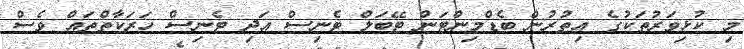
މި ކުޅިވަރުތަކުގެ އިތުރުން ބެޑްމިންޓަން ޓޭބަލް ޓެނިސް އަދި ޓެނިސް ހަރަކާތްތައް ވެސް